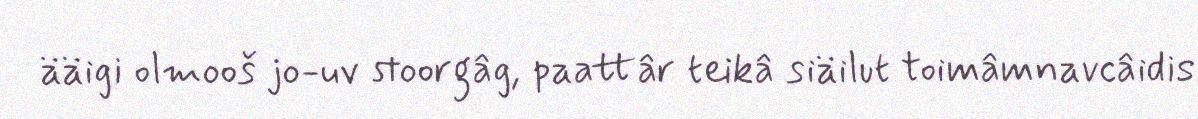
ääigi olmooš jo-uv stoorgâg, paattâr teikâ siäilut toimâmnavcâidis